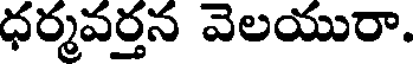
ధర్మవర్తన వెలయురా.